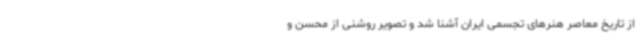
از تاریخ معاصر هنرهای تجسمی ایران آشنا شد و تصویر روشنی از محسن و